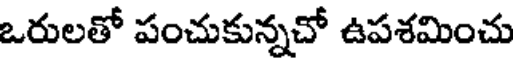
ఒరులతో పంచుకున్నచో ఉపశమించు